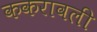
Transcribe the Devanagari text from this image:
ककरावली